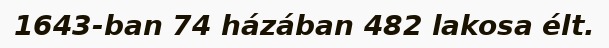
1643-ban 74 házában 482 lakosa élt.